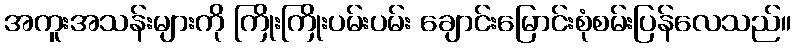
အကူးအသန်းများကို ကြိုးကြိုးပမ်းပမ်း ချောင်းမြောင်းစုံစမ်းပြန်လေသည်။